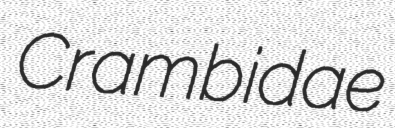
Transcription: Crambidae